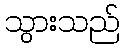
သွားသည်